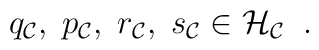
q_{\cal C} , \; p_{\cal C}, \; r_{\cal C}, \; s_{\cal C}\in {\cal H}_{\cal C} \; \; .